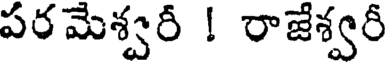
పరమెశ్వరీ ! రాజేశ్వరీ